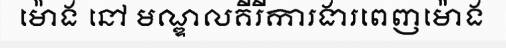
ម៉ោង នៅ មណ្ឌលគីរីការងារពេញម៉ោង